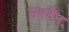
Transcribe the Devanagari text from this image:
सनटैन